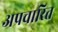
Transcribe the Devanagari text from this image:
अप्रचारित